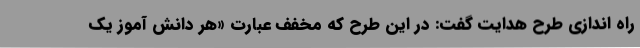
راه اندازی طرح هدایت گفت: در این طرح که مخفف عبارت «هر دانش آموز یک